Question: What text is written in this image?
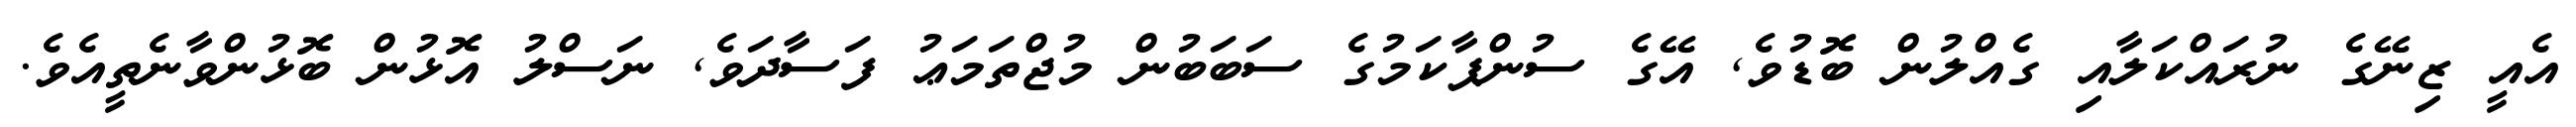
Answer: އެއީ ޒިނޭގެ ނުރައްކަލާއި ގެއްލުން ބޮޑުވެ, އޭގެ ސުންޕާކަމުގެ ސަބަބުން މުޖްތަމަޢު ފަސާދަވެ, ނަސްލު އޮޅުން ބޮޅުންވާނެތީއެވެ.